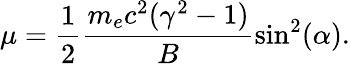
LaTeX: \mu=\frac{1}{2}\frac{m_{e}c^{2}(\gamma^{2}-1)}{B}\sin^{2}(\alpha).